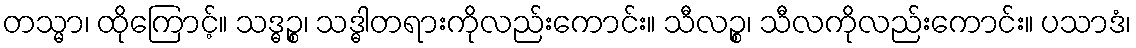
တသ္မာ၊ ထိုကြောင့်။ သဒ္ဓဉ္စ၊ သဒ္ဓါတရားကိုလည်းကောင်း။ သီလဉ္စ၊ သီလကိုလည်းကောင်း။ ပသာဒံ၊